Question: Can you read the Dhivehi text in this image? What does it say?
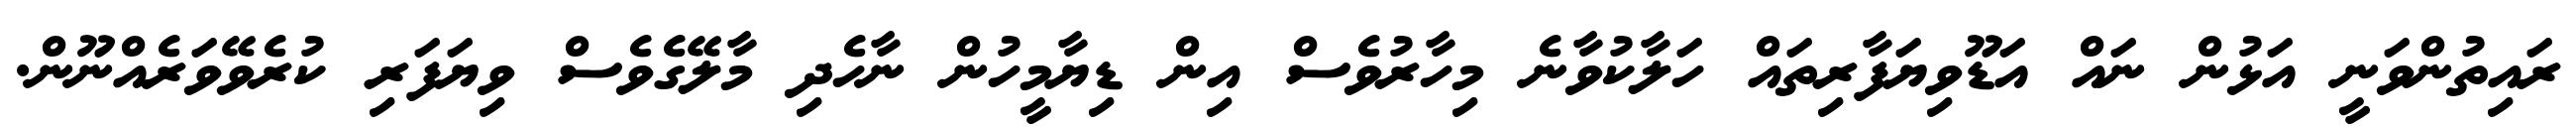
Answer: ރައިތުންވަނީ އަޅުން ނައް އަޑޫވިޔަފާރިތައް ހަލާކުވާނެ މިހާރުވެސް އިން ޑިޔާމީހުން ނާހެދި މާލޭގެވެސް ވިޔަފަރި ކުރެވޭވަރެއްނޫން.